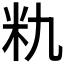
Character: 𮇃